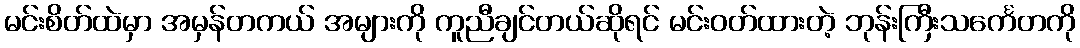
မင်းစိတ်ထဲမှာ အမှန်တကယ် အများကို ကူညီချင်တယ်ဆိုရင် မင်းဝတ်ထားတဲ့ ဘုန်းကြီးသင်္ကေတကို